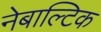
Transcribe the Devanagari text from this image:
नेबाल्टिक